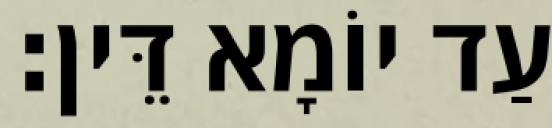
עַד יוֹמָא דֵּין׃